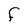
Character: F